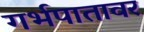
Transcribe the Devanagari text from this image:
गर्भपातावर